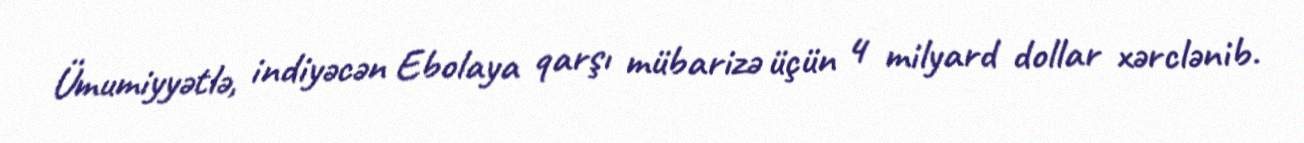
Ümumiyyətlə, indiyəcən Ebolaya qarşı mübarizə üçün 4 milyard dollar xərclənib.